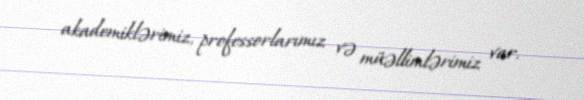
akademiklərimiz, professorlarımız və müəllimlərimiz var.